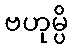
ဗဟုမ္ပိ